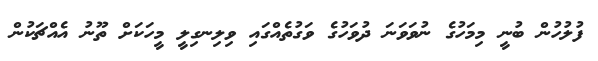
ފުލުހުން ބުނީ މިމަހުގެ ނުވަވަނަ ދުވަހުގެ ވަގުތެއްގައި ވިލިނގިލީ މީހަކަށް ތޫނު އެއްޗަކުން